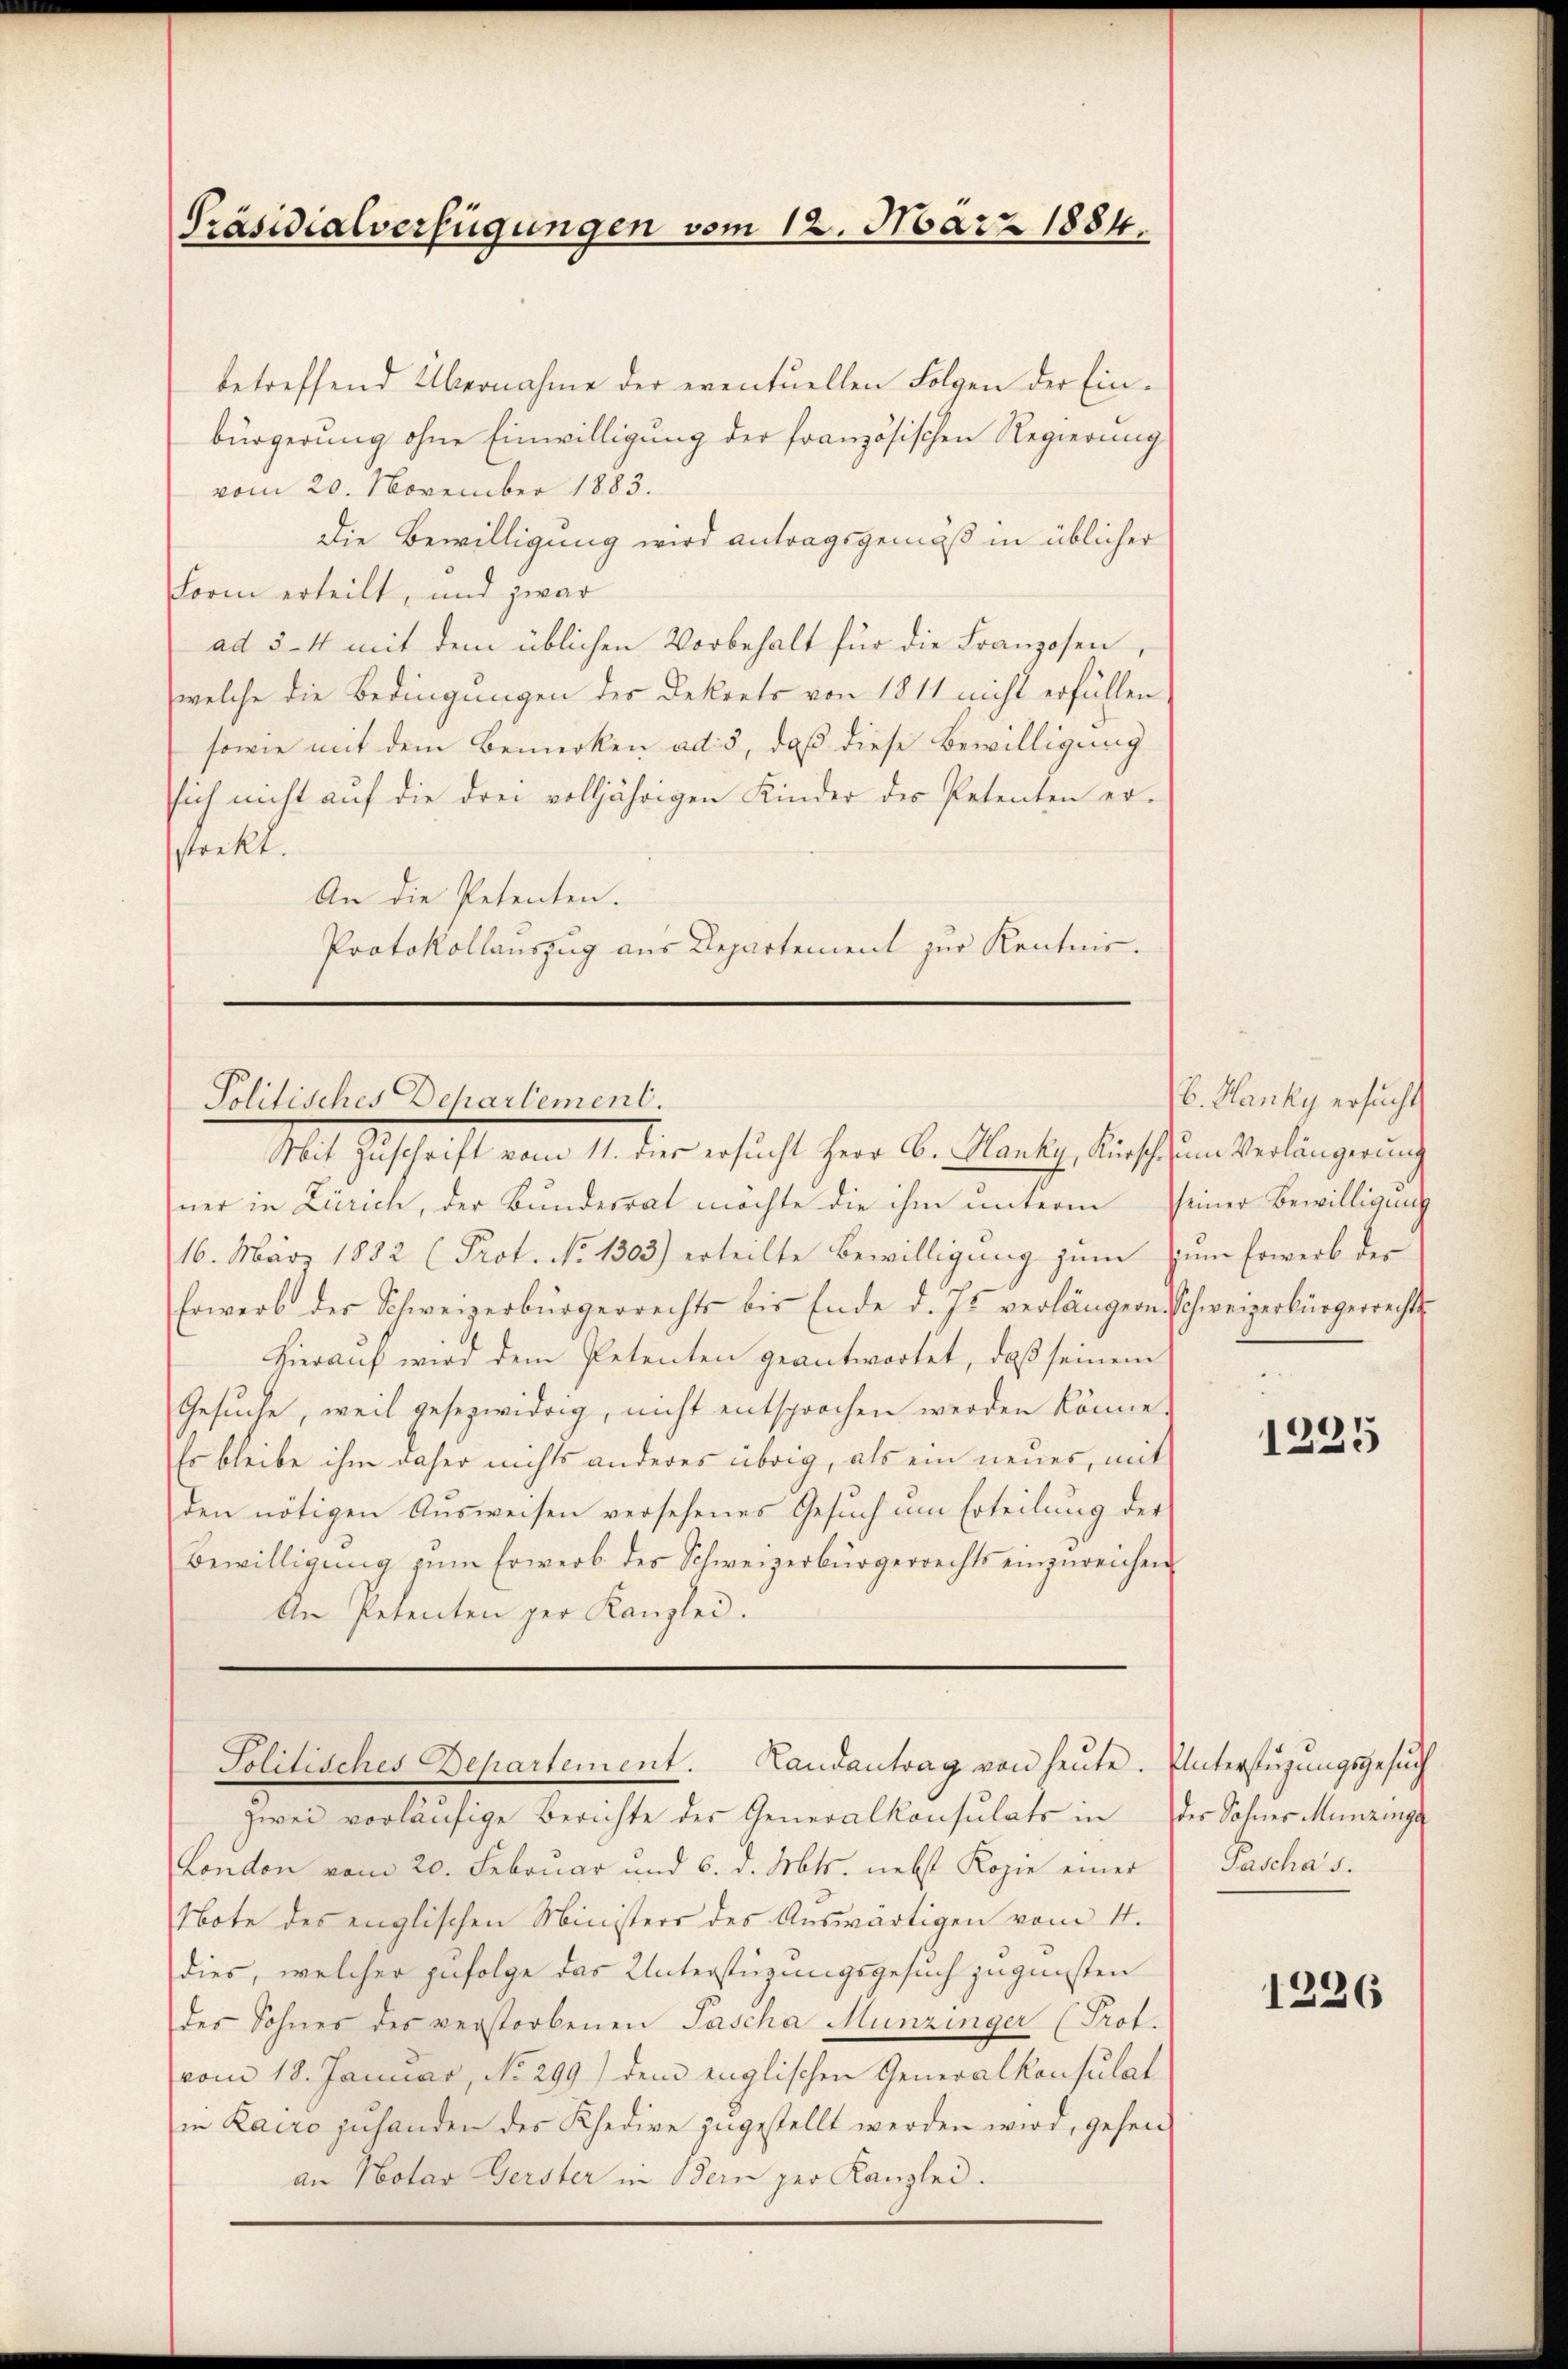
Präsidialverfügungen vom 12. März 1884.

betreffend Übernahme der eventuellen Folgen der Einbürgerung ohne Einwilligung der französischen Regierung
vom 20. November 1883.
Die Bewilligung wird antragsgemäß in üblicher
Form erteilt, und zwar
ad 3-4 mit dem üblichen Vorbehalt für die Franzosen,
welche die Bedingungen des Dekrets von 1811 nicht erfüllen
sowie mit dem Bemerken ad 5, daß diese Bewilligung
sich nicht auf die drei volljährigen Kinder des Petenten er-
strekt.
An die Petenten.
Protokollauszug aus Departement zur Kentnis.

Politisches Departement.
Mit Geschrift von Unter ersucht her ab. Plante, dieses

ner in Zürich, der Bundesrat möchte die ihm unterm seiner Bewilligung
16. März 1882 (Prot. No 1303) erteilte Bewilligung zum S
Erwerb der Schweizerbürgerrechts bis Ende d. Js. verlängern Schweizerbürgerrechts-
Hierauf wird dem Petenten geantwortet, daß seinem
Gesuche, weil gesezwidrig, nicht entsprochen werden könne.
Es bleibe ihm daher nichts anderes übrig, als ein neues, mit
den nötigen Aŭsweisen versehenes Gesŭch ŭm Erteilŭng der
Bewilligŭng zŭm Erwerb des Schweizerbürgerrechts einzŭreichen
An Petenten per Kanzlei.

Politisches Departement. Landantrag von heŭte. Unterstützŭngsgesŭch

zwei vorläufige Berichte des Generalkonsulats in der Sohner Munzinge
London vom 20. Februar und 6. d. Mts. nebst Kopie einer
Note des englischen Ministers des Auswärtigen vom 4.
dies, welcher zufolge das Unterstüzungsgesuch zugunsten
des Sohnes des verstorbenen Tascha Munzinger (Prot.
vom 18. Januar, No. 299) dem englischen Generalkonsulat
in Kairo zuhanden des Rhedive zugestellt werden wird, gehen
an Notar Gerster in Bern zur Kanzlei.

V. Hanky ersucht
im Verlängerung
um Erwerb des

1225

Pascha’s.

1226